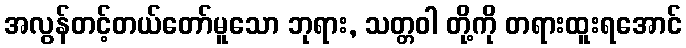
အလွန်တင့်တယ်တော်မူသော ဘုရား, သတ္တဝါ တို့ကို တရားထူးရအောင်